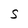
Character: S